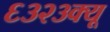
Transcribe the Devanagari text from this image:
६३२३क्यू